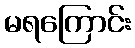
မရကြောင်း